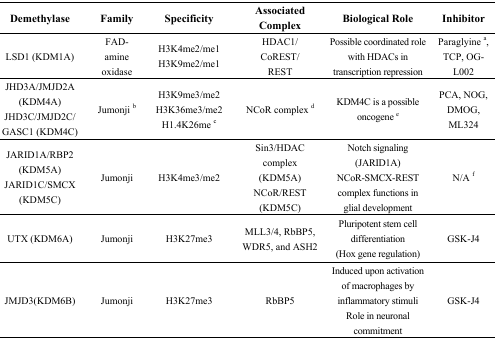
<table><thead><tr><td><b>Demethylase</b></td><td><b>Family</b></td><td><b>Specificity</b></td><td><b>Associated Complex</b></td><td><b>Biological Role</b></td><td><b>Inhibitor</b></td></tr></thead><tbody><tr><td>LSD1 (KDM1A)</td><td>FAD-amine oxidase</td><td>H3K4me2/me1 H3K9me2/me1</td><td>HDAC1/ CoREST/ REST</td><td>Possible coordinated role with HDACs in transcription repression</td><td>Paraglyine <sup>a</sup>, TCP, OG-L002</td></tr><tr><td>JHD3A/JMJD2A (KDM4A) JHD3C/JMJD2C/ GASC1 (KDM4C)</td><td>Jumonji <sup>b</sup></td><td>H3K9me3/me2 H3K36me3/me2 H1.4K26me <sup>c</sup></td><td>NCoR complex <sup>d</sup></td><td>KDM4C is a possible oncogene <sup>e</sup></td><td>PCA, NOG, DMOG, ML324</td></tr><tr><td>JARID1A/RBP2 (KDM5A) JARID1C/SMCX (KDM5C)</td><td>Jumonji</td><td>H3K4me3/me2</td><td>Sin3/HDAC complex (KDM5A) NCoR/REST (KDM5C)</td><td>Notch signaling (JARID1A) NCoR-SMCX-REST complex functions in glial development</td><td>N/A <sup>f</sup></td></tr><tr><td>UTX (KDM6A)</td><td>Jumonji</td><td>H3K27me3</td><td>MLL3/4, RbBP5, WDR5, and ASH2</td><td>Pluripotent stem cell differentiation (Hox gene regulation)</td><td>GSK-J4</td></tr><tr><td>JMJD3(KDM6B)</td><td>Jumonji</td><td>H3K27me3</td><td>RbBP5</td><td>Induced upon activation of macrophages by inflammatory stimuli Role in neuronal commitment</td><td>GSK-J4</td></tr></tbody></table>